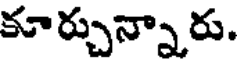
కూర్చున్నారు.